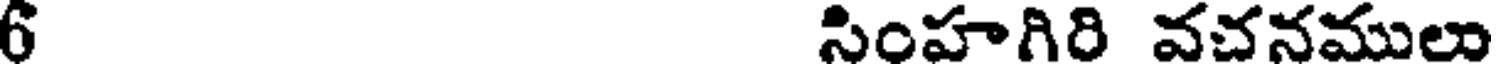
6 సింహగిరి వచనములు